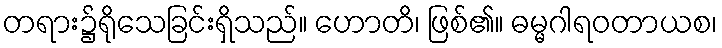
တရား၌ရိုသေခြင်းရှိသည်။ ဟောတိ၊ ဖြစ်၏။ ဓမ္မဂါရဝတာယစ၊